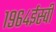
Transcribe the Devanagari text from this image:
१९६४ईस्वी